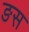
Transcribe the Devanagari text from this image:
ङस